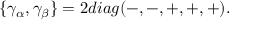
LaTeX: \{ \gamma _ { \alpha } , \gamma _ { \beta } \} = 2 d i a g ( - , - , + , + , + ) .